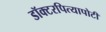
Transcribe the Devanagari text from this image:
डॉक्टरपित्यापोटी